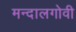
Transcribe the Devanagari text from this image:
मन्दालगोवी